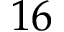
1 6